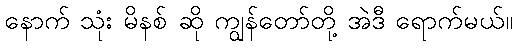
နောက် သုံး မိနစ် ဆို ကျွန်တော်တို့ အဲဒီ ရောက်မယ်။